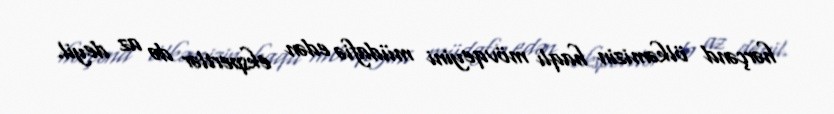
hərçənd ölkəmizin haqlı mövqeyini müdafiə edən ekspertlər də az deyil.